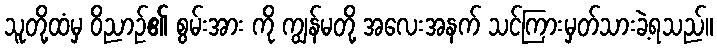
သူတို့ထံမှ ဝိညာဉ်၏ စွမ်းအား ကို ကျွန်မတို့ အလေးအနက် သင်ကြားမှတ်သားခဲ့ရသည်။